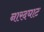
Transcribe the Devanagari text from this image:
नारदघाट